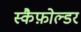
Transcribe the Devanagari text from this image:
स्कैफ़ोल्डर